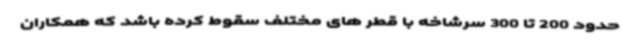
حدود 200 تا 300 سرشاخه با قطر های مختلف سقوط کرده باشد که همکاران